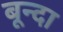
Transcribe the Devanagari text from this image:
बून्दा